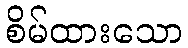
စိမ်ထားသော